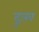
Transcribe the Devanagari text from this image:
दुःख़